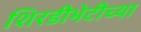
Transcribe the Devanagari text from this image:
शिरडीभेटीच्या